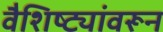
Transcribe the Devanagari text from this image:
वैशिष्ट्यांवरून